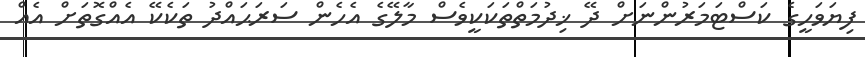
ފިޔަވަހީގެ ކަސްޓަމަރުންނަށް ދޭ ޚިދުމަތްތަކަކީވެސް މާލޭގެ އެހެން ސަރަޙައްދު ތަކެކޭ އެއްގޮތަށް އެއް